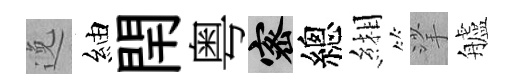
𨓜紬閈粤密總緗挲艫